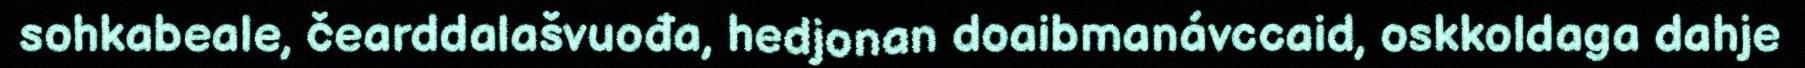
sohkabeale, čearddalašvuođa, hedjonan doaibmanávccaid, oskkoldaga dahje